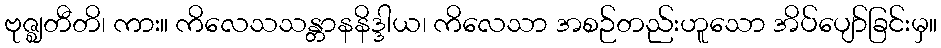
ဗုဇ္ဈတီတိ၊ ကား။ ကိလေသသန္တာနနိဒ္ဒါယ၊ ကိလေသာ အစဉ်တည်းဟူသော အိပ်ပျော်ခြင်းမှ။